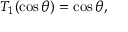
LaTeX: T _ { 1 } ( \cos \theta ) = \cos \theta ,